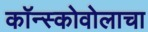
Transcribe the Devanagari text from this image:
कॉन्स्कोवोलाचा